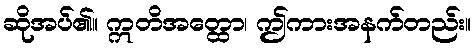
ဆိုအပ်၏။ ဣတိအတ္ထော၊ ဤကားအနက်တည်း။